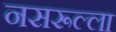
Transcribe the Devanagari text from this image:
नसरूल्ला